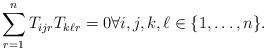
LaTeX: \begin{align*}\sum_{r=1}^n{T_{ijr}T_{k\ell r}} = 0 \forall i,j,k, \ell \in \{1,\ldots,n\}.\end{align*}